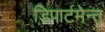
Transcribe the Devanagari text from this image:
डिपार्टमेन्त